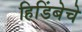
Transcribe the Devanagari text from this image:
हिडिंबेचे